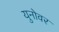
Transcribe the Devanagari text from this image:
युनोवर